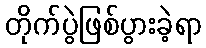
တိုက်ပွဲဖြစ်ပွားခဲ့ရာ